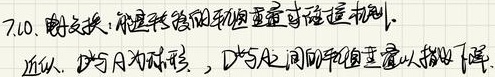
7.10. 瞬变场: 能速转换的机理通过隧道机制。近似，\(B\)与\(A\)为弱场，\(D\)与\(C\)之间的场强通量以指数下降。